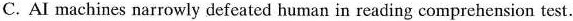
C. AI machines narrowly defeated human in reading comprehension test.